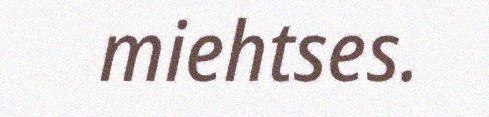
miehtses.